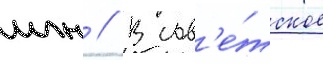
млн // В сов'е́тское